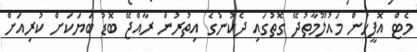
މެޓް އޮފީހުން މައުލޫމާތުދޭ ގޮތުގައި ދެކުނުގެ އިތުރުން ރާއްޖޭ ބޮޑު ބަޔަކަށް ކުރިއަށް